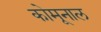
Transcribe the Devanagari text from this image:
कोमूनाल